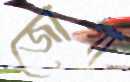
জোগা